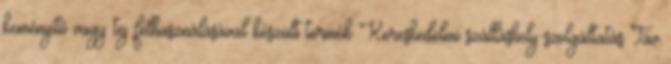
keményítő vagy tej felhasználásával készült termék Kereskedelmi szálláshely-szolgáltatás Táv